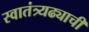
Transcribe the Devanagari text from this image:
स्वातंत्र्यढ्याची